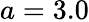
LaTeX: a=3.0